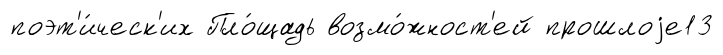
поэт'и́ческ'их Пло́щадь возмо́жност'ей прошлоjе13